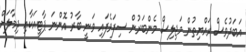
އަބަދުވެސް ރައްޔިތުން މަޖިލިސް މެންބަރުން ސިފަވެފައި ވަނީ ބާރު އޮންނަ ޕާޓީއަކާއި ދިމާލަށް